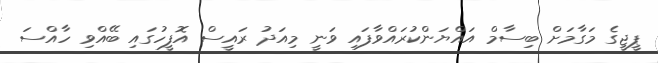
ޕީޖީގެ މަގާމަށް ބިސާމް އައްޔަންކުރައްވާފައި ވަނީ މިއަދު ރައީސް އޮފީހުގައި ބޭއްވި ހާއްސަ